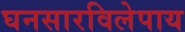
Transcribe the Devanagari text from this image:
घनसारविलेपाय